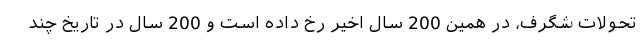
تحولات شگرف، در همین 200 سال اخیر رخ داده است و 200 سال در تاریخ چند